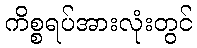
ကိစ္စရပ်အားလုံးတွင်